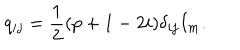
q _ { i j } = \frac { 1 } { 2 } ( p + 1 - 2 i ) \delta _ { i j } I _ { m } .